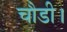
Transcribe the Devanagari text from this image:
चौडी।